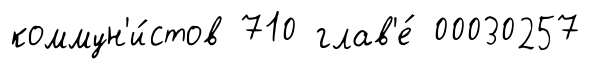
коммун'и́стов 710 глав'е́ 00030257